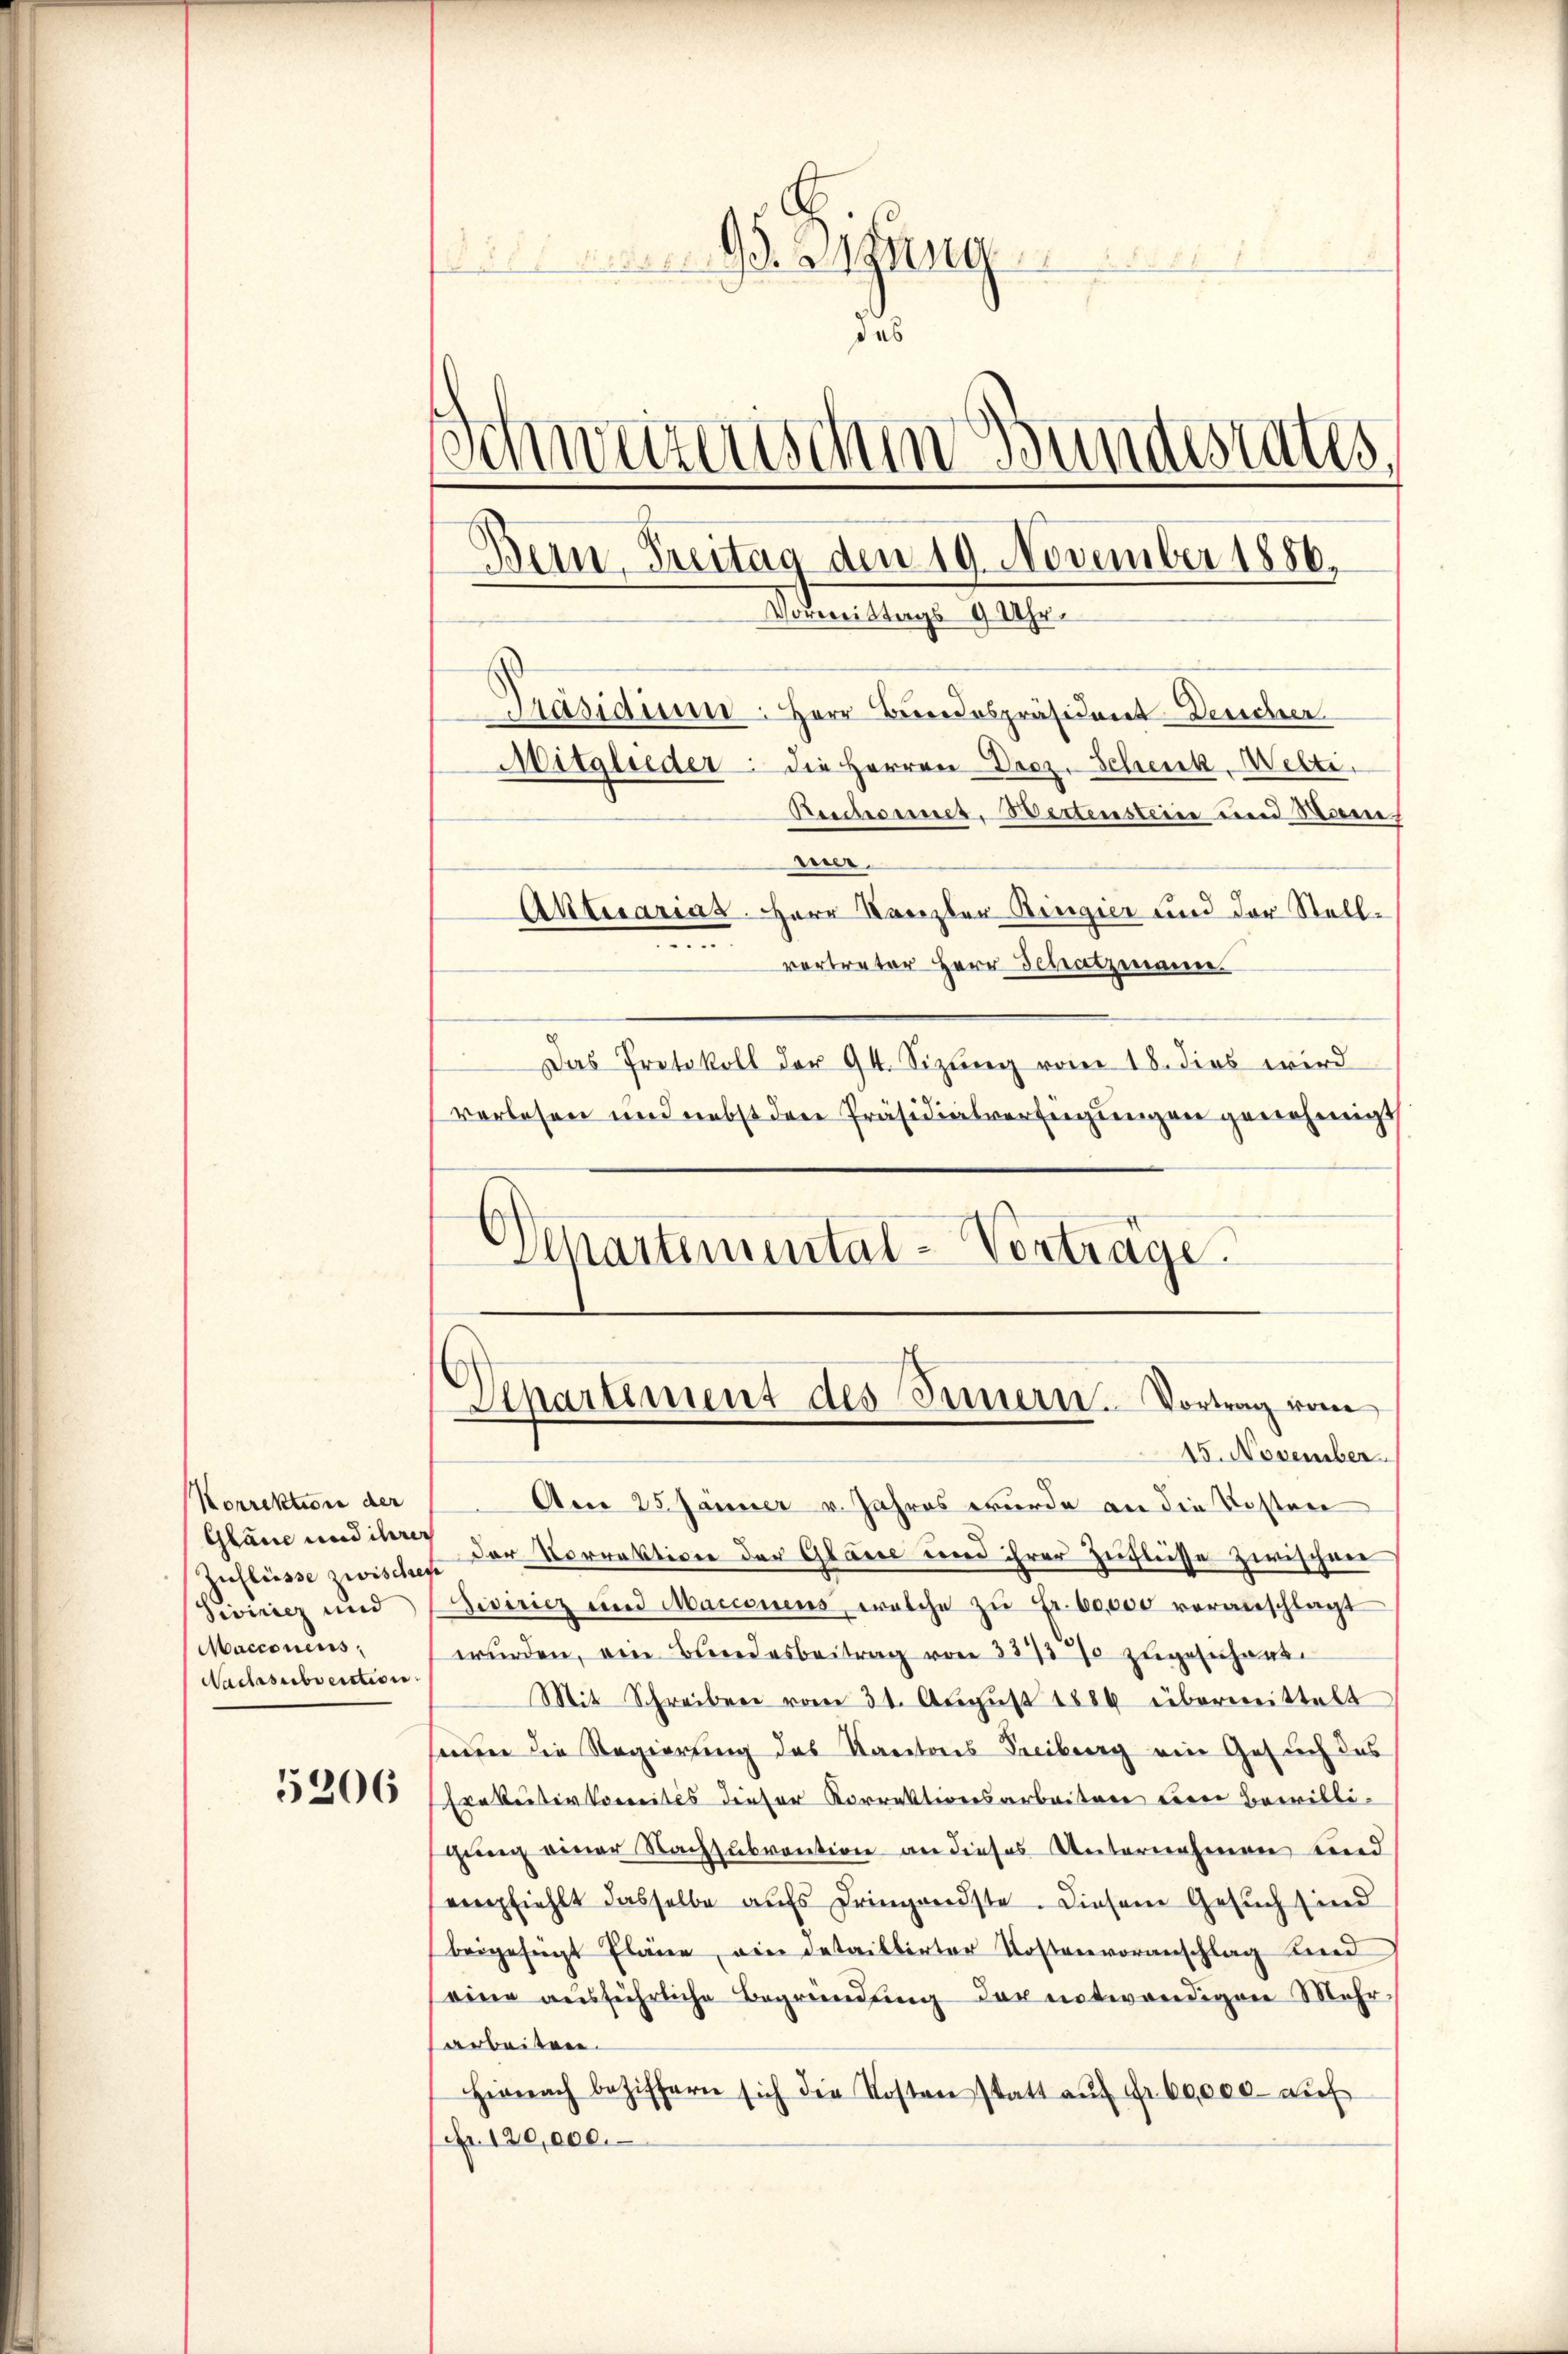
Korrektion der
Zuflüsse zwischen
Sivinicz und
Macconens
Nachsubvention.

5206

gung
des
Schweizerischen Bundestates,
Präsidium. Herr Bundespräsident-Dencher
Mitglieder die Herren Droz. Schenk, Welti.
Beschonet. Wertensteine und Biene
wer.
Aktuarias. Herr Kanzler Ringier und der Stell¬
.
vertreter Herr Schatzmann.
Das Protokoll der 94. Sizung vom 18. dies wird
vorlesen und nebst den Präsidialverfügungen genehmigt

Bern Freitag den 19. November 1886.
Vormittags 9 Uhr.

Separtemental-Vorträge.

d

Departement des Sinnern. Vortrag vom

15. November.
Am 25. Jänner v. Jahres wurde an die Kosten
Gläne und des der Korrektion der Glasse und ihrer Zuflüsse zwischen
e
Aiviricz und Macionens welche zŭ Fr. 60,000 veranschlagt
wŭrden, ein Bundesbeitrag von 337 % zugesichens.
Mit Schreiben vom 31. August 1884 übermittelt
senen die Regierung des Kantons Freiburg ein Gesuch des
Erbeiterkomités dieser Korrektionsarbeiten einer Bewilligung einer Nachsubvention an dieses Unternehmen und
vempfiehlt dasselbe aufs Dringendste. Diesem Gesuch sind
beigefügt Pläne, ain detaillirter Kostenvoranschlag Kind
eine ausführliche Begründung der notwendigen Mehrarbeiten.
Hienach beziffern sich die Kosten statt aŭf Fr. 60,000 auf
Nr. 120,000.